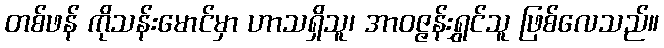
တစ်ဖန် ကိုသန်းမောင်မှာ ဟာသရှိသူ၊ အာဝဇ္ဇန်းရွှင်သူ ဖြစ်လေသည်။